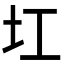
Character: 𡉎